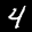
Label: 4